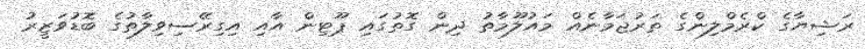
ރަޝިޔާގެ ކްރެމްލިންގެ ތަރުޖަމާނެއް މައުލޫމާތު ދިން ގޮތުގައި ޕޫޓިން އާއި އިގިރޭސިވިލާތުގެ ބޮޑުވަޒީރު